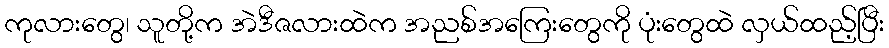
ကုလားတွေ၊ သူတို့က အဲဒီဇလားထဲက အညစ်အကြေးတွေကို ပုံးတွေထဲ လှယ်ထည့်ပြီး